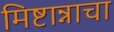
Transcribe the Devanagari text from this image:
मिष्टान्नाचा